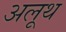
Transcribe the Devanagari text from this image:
अलूथ